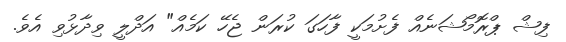
ފިޝް ޕްރޮމޯޝަނެއް ފެށުމަކީ ފާހަގަ ކުރަން ޖެހޭ ކަމެއް" އަދްލީ ވިދާޅުވި އެވެ.